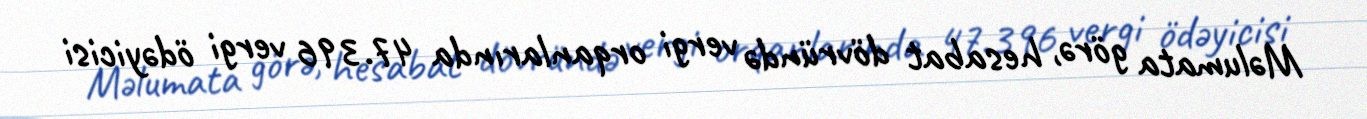
Məlumata görə, hesabat dövründə vergi orqanlarında 47.396 vergi ödəyicisi